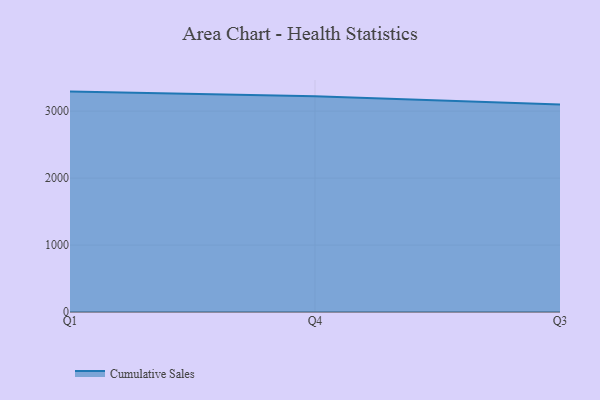
{"axis": {"x": "Quarter", "y": "Customer Acquisition Cost (USD)"}, "legend": ["Cumulative Sales"], "data": [{"x": "Q1", "y": 3292.3, "type": "Cumulative Sales"}, {"x": "Q4", "y": 3224.2, "type": "Cumulative Sales"}, {"x": "Q3", "y": 3098.3, "type": "Cumulative Sales"}]}